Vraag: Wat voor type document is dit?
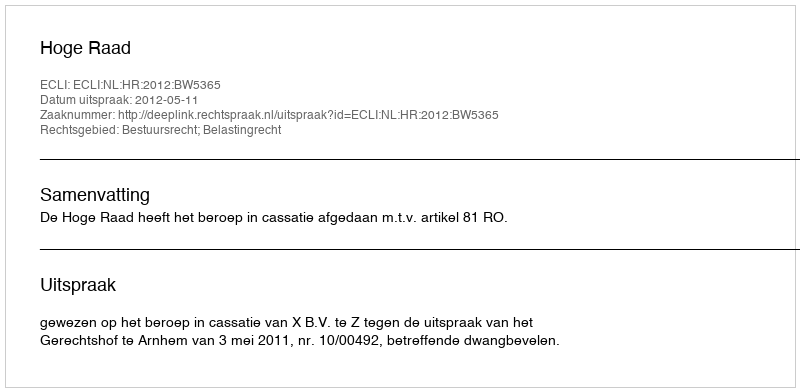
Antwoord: Uitspraak